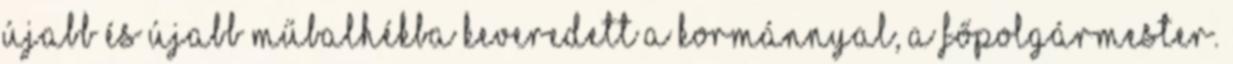
újabb és újabb műbalhékba keveredett a kormánnyal, a főpolgármester.